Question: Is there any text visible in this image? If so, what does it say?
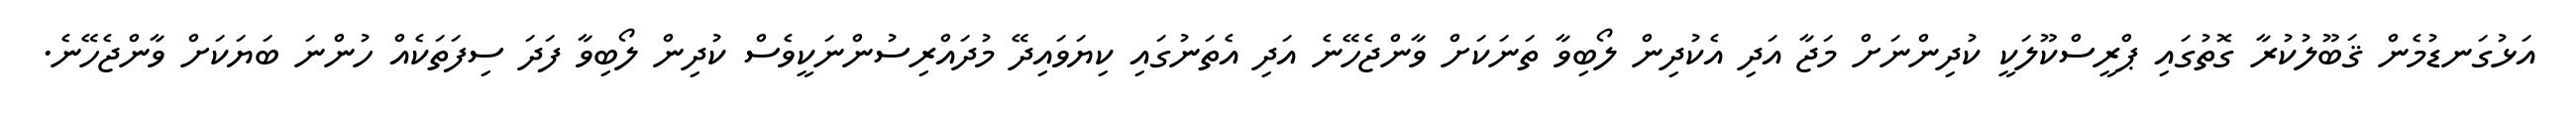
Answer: އަޅުގަނޑުމެން ޤަބޫލުކުރާ ގޮތުގައި ޕްރީސްކޫލަކީ ކުދިންނަށް މަޖާ އަދި އެކުދިން ލޯބިވާ ތަނަކަށް ވާންޖެހޭނެ އަދި އެތަނުގައި ކިޔަވައިދޭ މުދައްރިސުންނަކީވެސް ކުދިން ލޯބިވާ ފަދަ ސިފަތަކެއް ހުންނަ ބަޔަކަށް ވާންޖެހޭނެ.